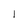
Character: I